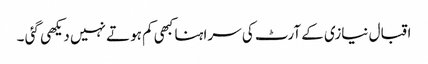
اقبال نیازی کے آرٹ کی سراہنا کبھی کم ہوتے نہیں دیکھی گئی ۔